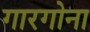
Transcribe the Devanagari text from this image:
गारगोना